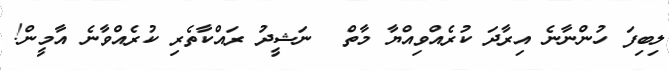
ލިބިފަ ހުންނާނެ އިރާދަ ކުރެއްވިއްޔާ މާތް  ނަޝީދު ރައްކާތެރި ކުރެއްވާނެ އާމީން!